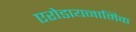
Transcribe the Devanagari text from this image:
एरोडायनामिक